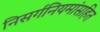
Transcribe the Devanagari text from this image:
निसर्गनियमांसहित